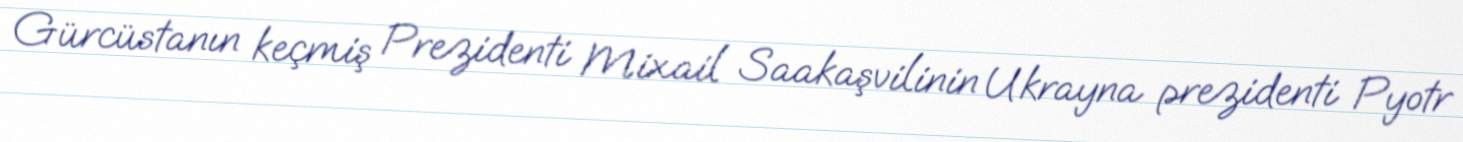
Gürcüstanın keçmiş Prezidenti Mixail Saakaşvilinin Ukrayna prezidenti Pyotr